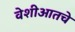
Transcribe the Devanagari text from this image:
वेशीआतचे